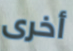
أخرى